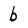
Character: b